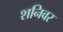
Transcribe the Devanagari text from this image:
शनिवर